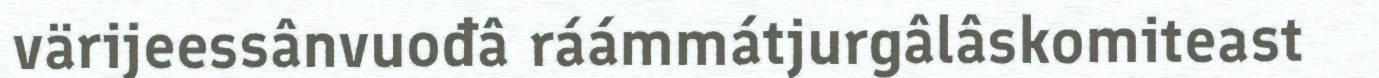
värijeessânvuođâ ráámmátjurgâlâskomiteast